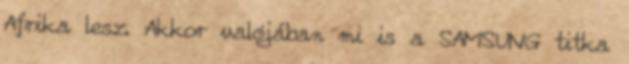
Afrika lesz. Akkor valójában mi is a SAMSUNG titka